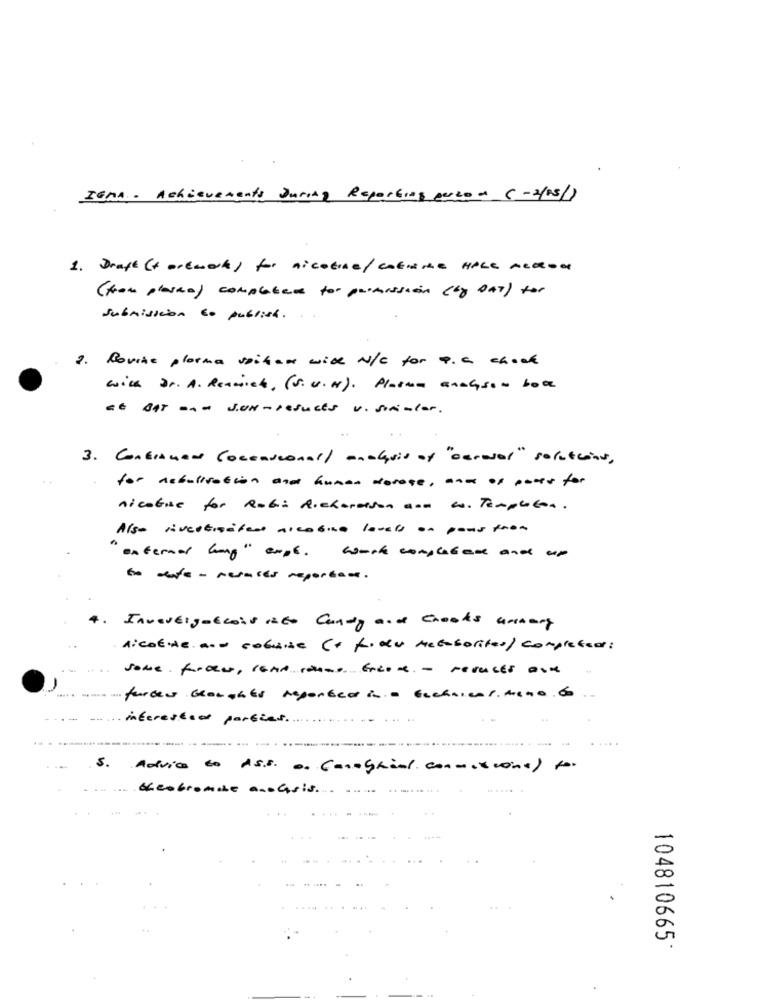
IGNA . Achievements During Reporting perzon ( -2/05/)
1. Draft (+ artwork) for nicotine/ catuNe HALE AERON
(from plaske) completed for primission (Lo DAT) for
Submission to publish.
2. Povine plasma vaihar with N/C for 4.C chock
with Dr. A. Reamich, ( s. u.H). Plassen analysen bote
at BAT -.- JUN - results v. strimler.
3. Continued Coccasional/ aAcquis of "aerosol" solutions,
for debulisation and human dorose, andof polls for
nicotine for Robi Richardson ann c. Templatea.
Also rivestiifan arcosna lovers on pous fron
"external long" erst. work completare and up
to ware - resales reportant.
Invertigotcois isto Candy and Crooks unnary
A:cotde. and cobuise (+ fiche metabolites) completed:
Some from, como comme Grande - reveces aux
in farben broughts reported in .- technical. meno. 6
interested parties ...
.- -
5. Advice to As.s. o. (anogrial connections) for
Keobronie a.chris.
104810665